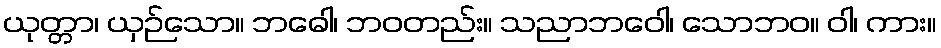
ယုတ္တာ၊ ယှဉ်သော။ ဘဓေါ၊ ဘဝတည်း။ သညာဘဝေါ၊ သောဘဝ။ ဝါ၊ ကား။